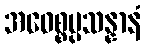
အဝေစ္စပ္ပသန္နာနံ